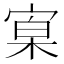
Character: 𡩕